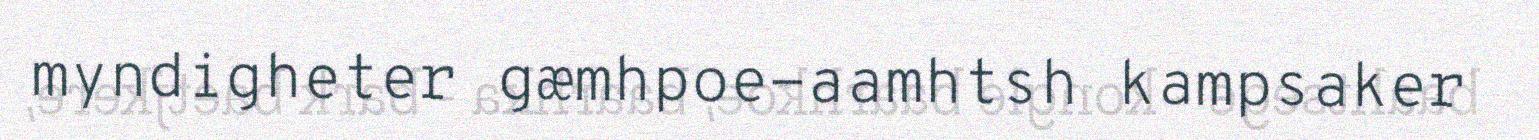
myndigheter gæmhpoe-aamhtsh kampsaker